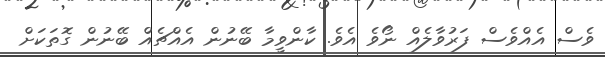
ވެސް އެއްވެސް ފަރުވާލެއް ނޯވެ އެވެ. ކާންވީމާ ބޭނުން އެއްޗެއް ބޭނުން ގޮތަކަށް